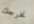
نخرجك